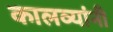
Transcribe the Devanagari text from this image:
कालव्यांनी